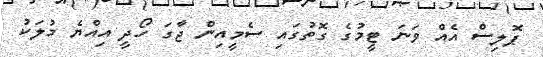
ޕޮލިސް އެއް ވަނަ ޓީމުގެ ގޮތުގައި ސެމީއިން ޖާގަ ހޯދީ އިއްޔެ މުލަކު